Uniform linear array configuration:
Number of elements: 32
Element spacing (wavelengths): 0.75
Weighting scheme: exponential
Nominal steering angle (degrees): -30
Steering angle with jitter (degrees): -28.219
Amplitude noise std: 0.05
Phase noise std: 0.05

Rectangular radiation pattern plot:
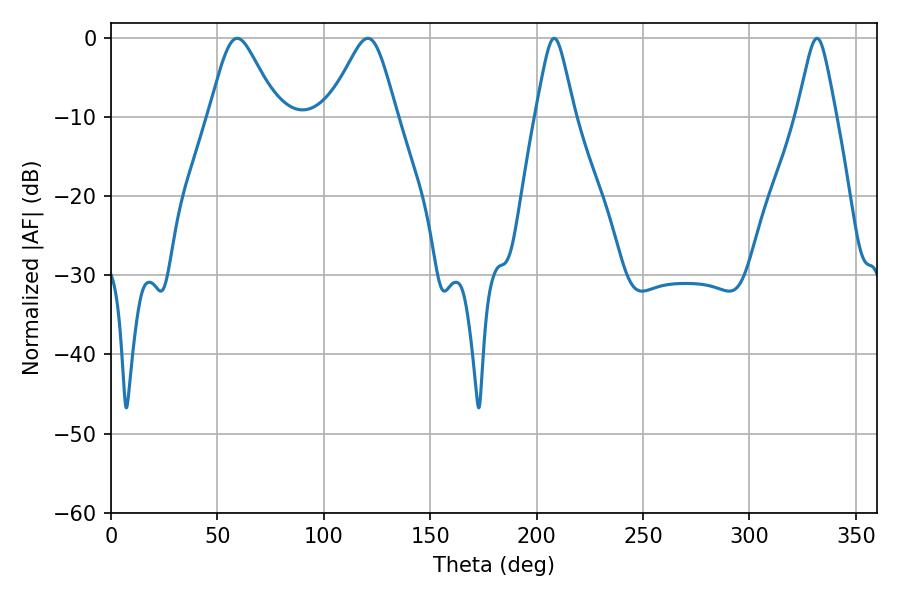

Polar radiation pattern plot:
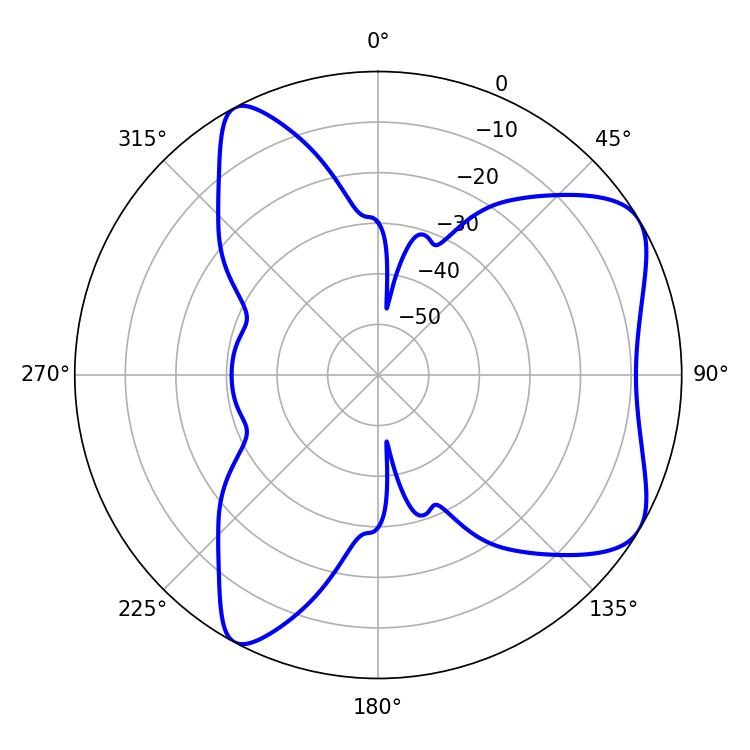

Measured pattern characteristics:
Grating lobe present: TRUE
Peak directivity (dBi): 6.755
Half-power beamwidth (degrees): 8.82
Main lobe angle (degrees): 208.26